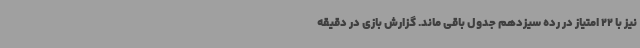
نیز با 22 امتیاز در رده سیزدهم جدول باقی ماند. گزارش بازی در دقیقه